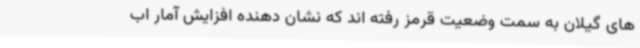
های گیلان به سمت وضعیت قرمز رفته اند که نشان دهنده افزایش آمار اب